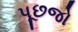
પૂછજો